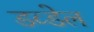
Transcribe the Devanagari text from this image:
डव्डेल